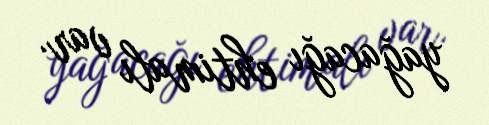
yağacağı ehtimalı var.